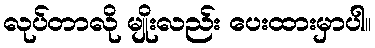
လုပ်တာလို မျိုးလည်း ပေးထားမှာပါ။